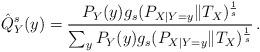
LaTeX: \begin{align*} \hat{Q}_Y^s(y) = \frac{P_Y(y) g_s(P_{X|Y=y}\| T_X)^{\frac1s}}{\sum_y P_Y(y) g_s(P_{X|Y=y}\| T_X)^{\frac1s}} \,.\end{align*}